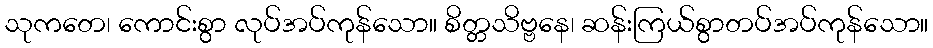
သုကတေ၊ ကောင်းစွာ လုပ်အပ်ကုန်သော။ စိတ္တသိဗ္ဗနေ၊ ဆန်းကြယ်စွာတပ်အပ်ကုန်သော။